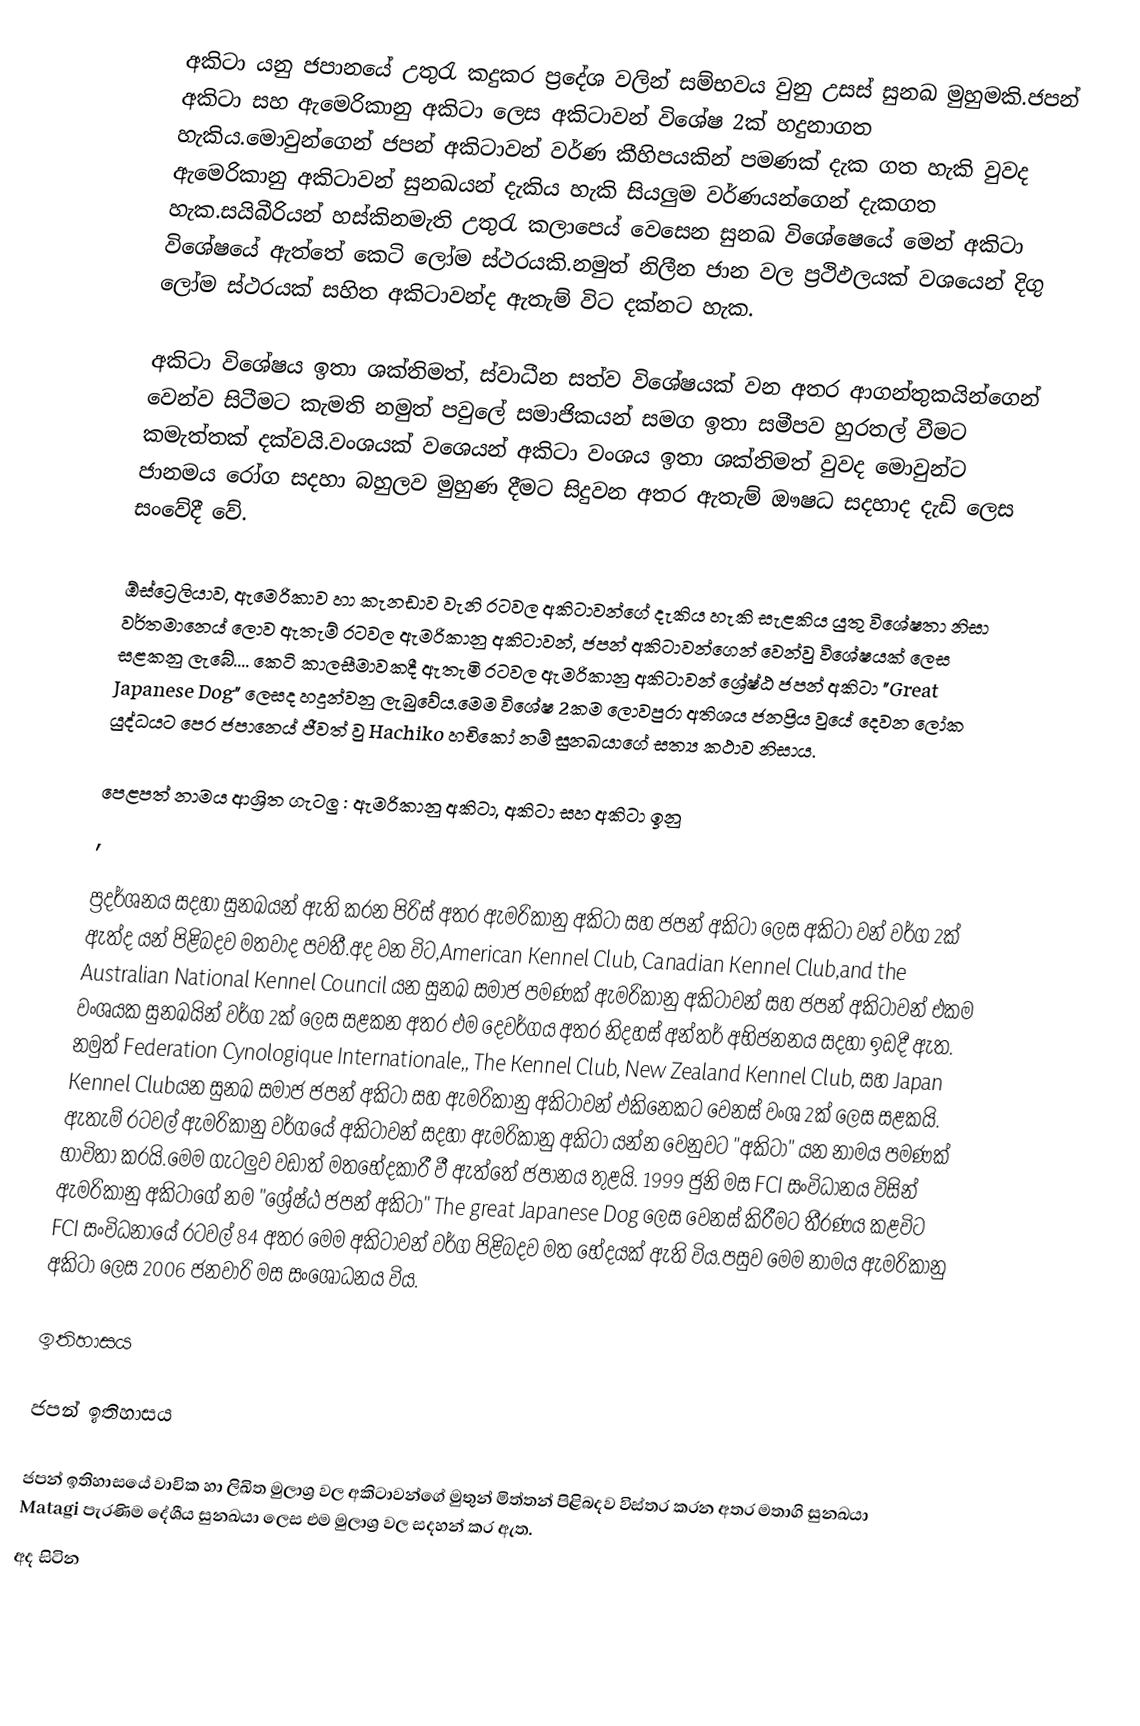
අකිටා යනු ජපානයේ උතුරැ කදුකර ප්‍රදේශ වලින් සම්භවය වුනු උසස් සුනඛ මුහුමකි.ජපන් අකිටා සහ ඇමෙරිකානු අකිටා ලෙස අකිටාවන් විශේෂ 2ක් හදුනාගත හැකිය.මොවුන්ගෙන් ජපන් අකිටාවන් වර්ණ කීහිපයකින් පමණක් දැක ගත හැකි වුවද ඇමෙරිකානු අකිටාවන් සුනඛයන් දැකිය හැකි සියලුම වර්ණයන්ගෙන් දැකගත හැක.සයිබීරියන් හස්කිනමැති උතුරැ කලාපෙය් වෙසෙන සුනඛ විශේෂෙයේ මෙන් අකිටා විශේෂයේ ඇත්තේ කෙටි ලෝම ස්ථරයකි.නමුත් නිලීන ජාන වල ප්‍රථිඵලයක් වශයෙන් දිගු ලෝම ස්ථරයක් සහිත අකිටාවන්ද ඇතැම් විට දක්නට හැක.

අකිටා විශේෂය ඉතා ශක්තිමත්, ස්වාධීන සත්ව  විශේෂයක් වන අතර ආගන්තුකයින්ගෙන් වෙන්ව සිටීමට කැමති නමුත් පවුලේ සමාජිකයන් සමග ඉතා සමීපව හුරතල් වීමට කමැත්තක් දක්වයි.වංශයක් වශෙයන් අකිටා වංශය ඉතා ශක්තිමත් වුවද මොවුන්ට ජානමය රෝග සදහා බහුලව මුහුණ දීමට සිදුවන අතර ඇතැම් ඖෂධ සදහාද දැඩි ලෙස සංවේදී වේ.

ඕස්ට්‍රෙලියාව, ඇමෙරිකාව හා කැනඩාව වැනි රටවල අකිටාවන්ගේ දැකිය හැකි සැළකිය යුතු විශේෂතා නිසා වර්තමානෙය් ලොව ඇතැම් රටවල ඇමරිකානු අකිටාවන්, ජපන් අකිටාවන්ගෙන් වෙන්වු විශේෂයක් ලෙස සළකනු ලැබේ‍.... කෙටි කාලසීමාවකදී ඇතැමි රටවල ඇමරිකානු අකිටාවන් ශ්‍රේෂ්ඨ ජපන් අකිටා "Great Japanese Dog" ලෙසද හදුන්වනු ලැබුවේය.මෙම විශේෂ 2කම ලොවපුරා අතිශය ජනප්‍රිය වුයේ දෙවන ලෝක යුද්ධයට පෙර ජපානෙය් ජීවත් වු  Hachiko හචිකෝ නම් සුනඛයාගේ සත්‍ය කථාව නිසාය.

පෙළපත් නාමය ආශ්‍රිත ගැටලු : ඇමරිකානු අකිටා, අකිටා සහ අකිටා ඉනු
,

ප්‍රදර්ශනය සදහා සුනඛයන් ඇති කරන පිරිස් අතර ඇමරිකානු අකිටා සහ ජපන් අකිටා ලෙස අකිටා වන් වර්ග 2ක් ඇත්ද යන් පිළිබදව මතවාද පවතී.අද වන විට,American Kennel Club, Canadian Kennel Club,and the Australian National Kennel Council යන සුනඛ සමාජ පමණක් ඇමරිකානු අකිටාවන් සහ ජපන් අකිටාවන් එකම වංශයක සුනඛයින් වර්ග 2ක් ලෙස සළකන අතර එම දෙවර්ගය අතර නිදහස් අන්තර් අභිජනනය සදහා ඉඩදී ඇත. නමුත් Federation Cynologique Internationale,, The Kennel Club, New Zealand Kennel Club, සහ Japan Kennel Clubයන සුනඛ සමාජ ජපන් අකිටා සහ ඇමරිකානු අකිටාවන් එකිනෙකට වෙනස් වංශ 2ක් ලෙස සළකයි. ඇතැම් රටවල් ඇමරිකානු වර්ගයේ අකිටාවන් සදහා ඇමරිකානු අකිටා යන්න වෙනුවට "අකිටා" යන නාමය පමණක් භාවිතා කරයි.මෙම ගැටලුව වඩාත් මතභේදකාරී වී ඇත්තේ ජපානය තුළයි. 1999 ජුනි මස FCI සංවිධානය විසින් ඇමරිකානු අකිටාගේ නම "ශ්‍රේෂ්ඨ ජපන් අකිටා" The great Japanese Dog ලෙස වෙනස් කිරීමට තීරණය කළවිට FCI සංවිධනායේ රටවල් 84 අතර මෙම අකිටාවන් වර්ග පිළිබදව මත භේදයක් ඇති විය.පසුව මෙම නාමය ඇමරිකානු අකිටා ලෙස 2006 ජනවාරි මස සංශෝධනය විය.

ඉතිහාසය

ජපන් ඉතිහාසය

ජපන් ඉතිහාසයේ වාචික හා ලිඛිත මුලාශ්‍ර වල අකිටාවන්ගේ මුතුන් මිත්තන් පිළිබදව විස්තර කරන අතර  මතාගි සුනඛයා Matagi පැරණිම දේශීය සුනඛයා ලෙස එම මුලාශ්‍ර වල සදහන් කර ඇත.
අද සිටින